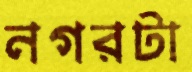
নগরটা